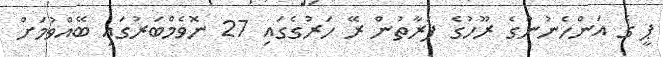
ޕީ ގެ އަންހެނުންގެ ރޫހުގެ ފަރާތުން ރޭ ހަރުގެގައި 27 ނޮވެމްބަރުގައި ބޭއްވުމަށް